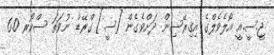
ޖީ.ސީ.އީ އޯލެވެލްގެ އިގިރޭސިން ދަށްވެގެން [ސީ] ގްރޭޑް ނުވަތަ ސްކޯރ 6.0